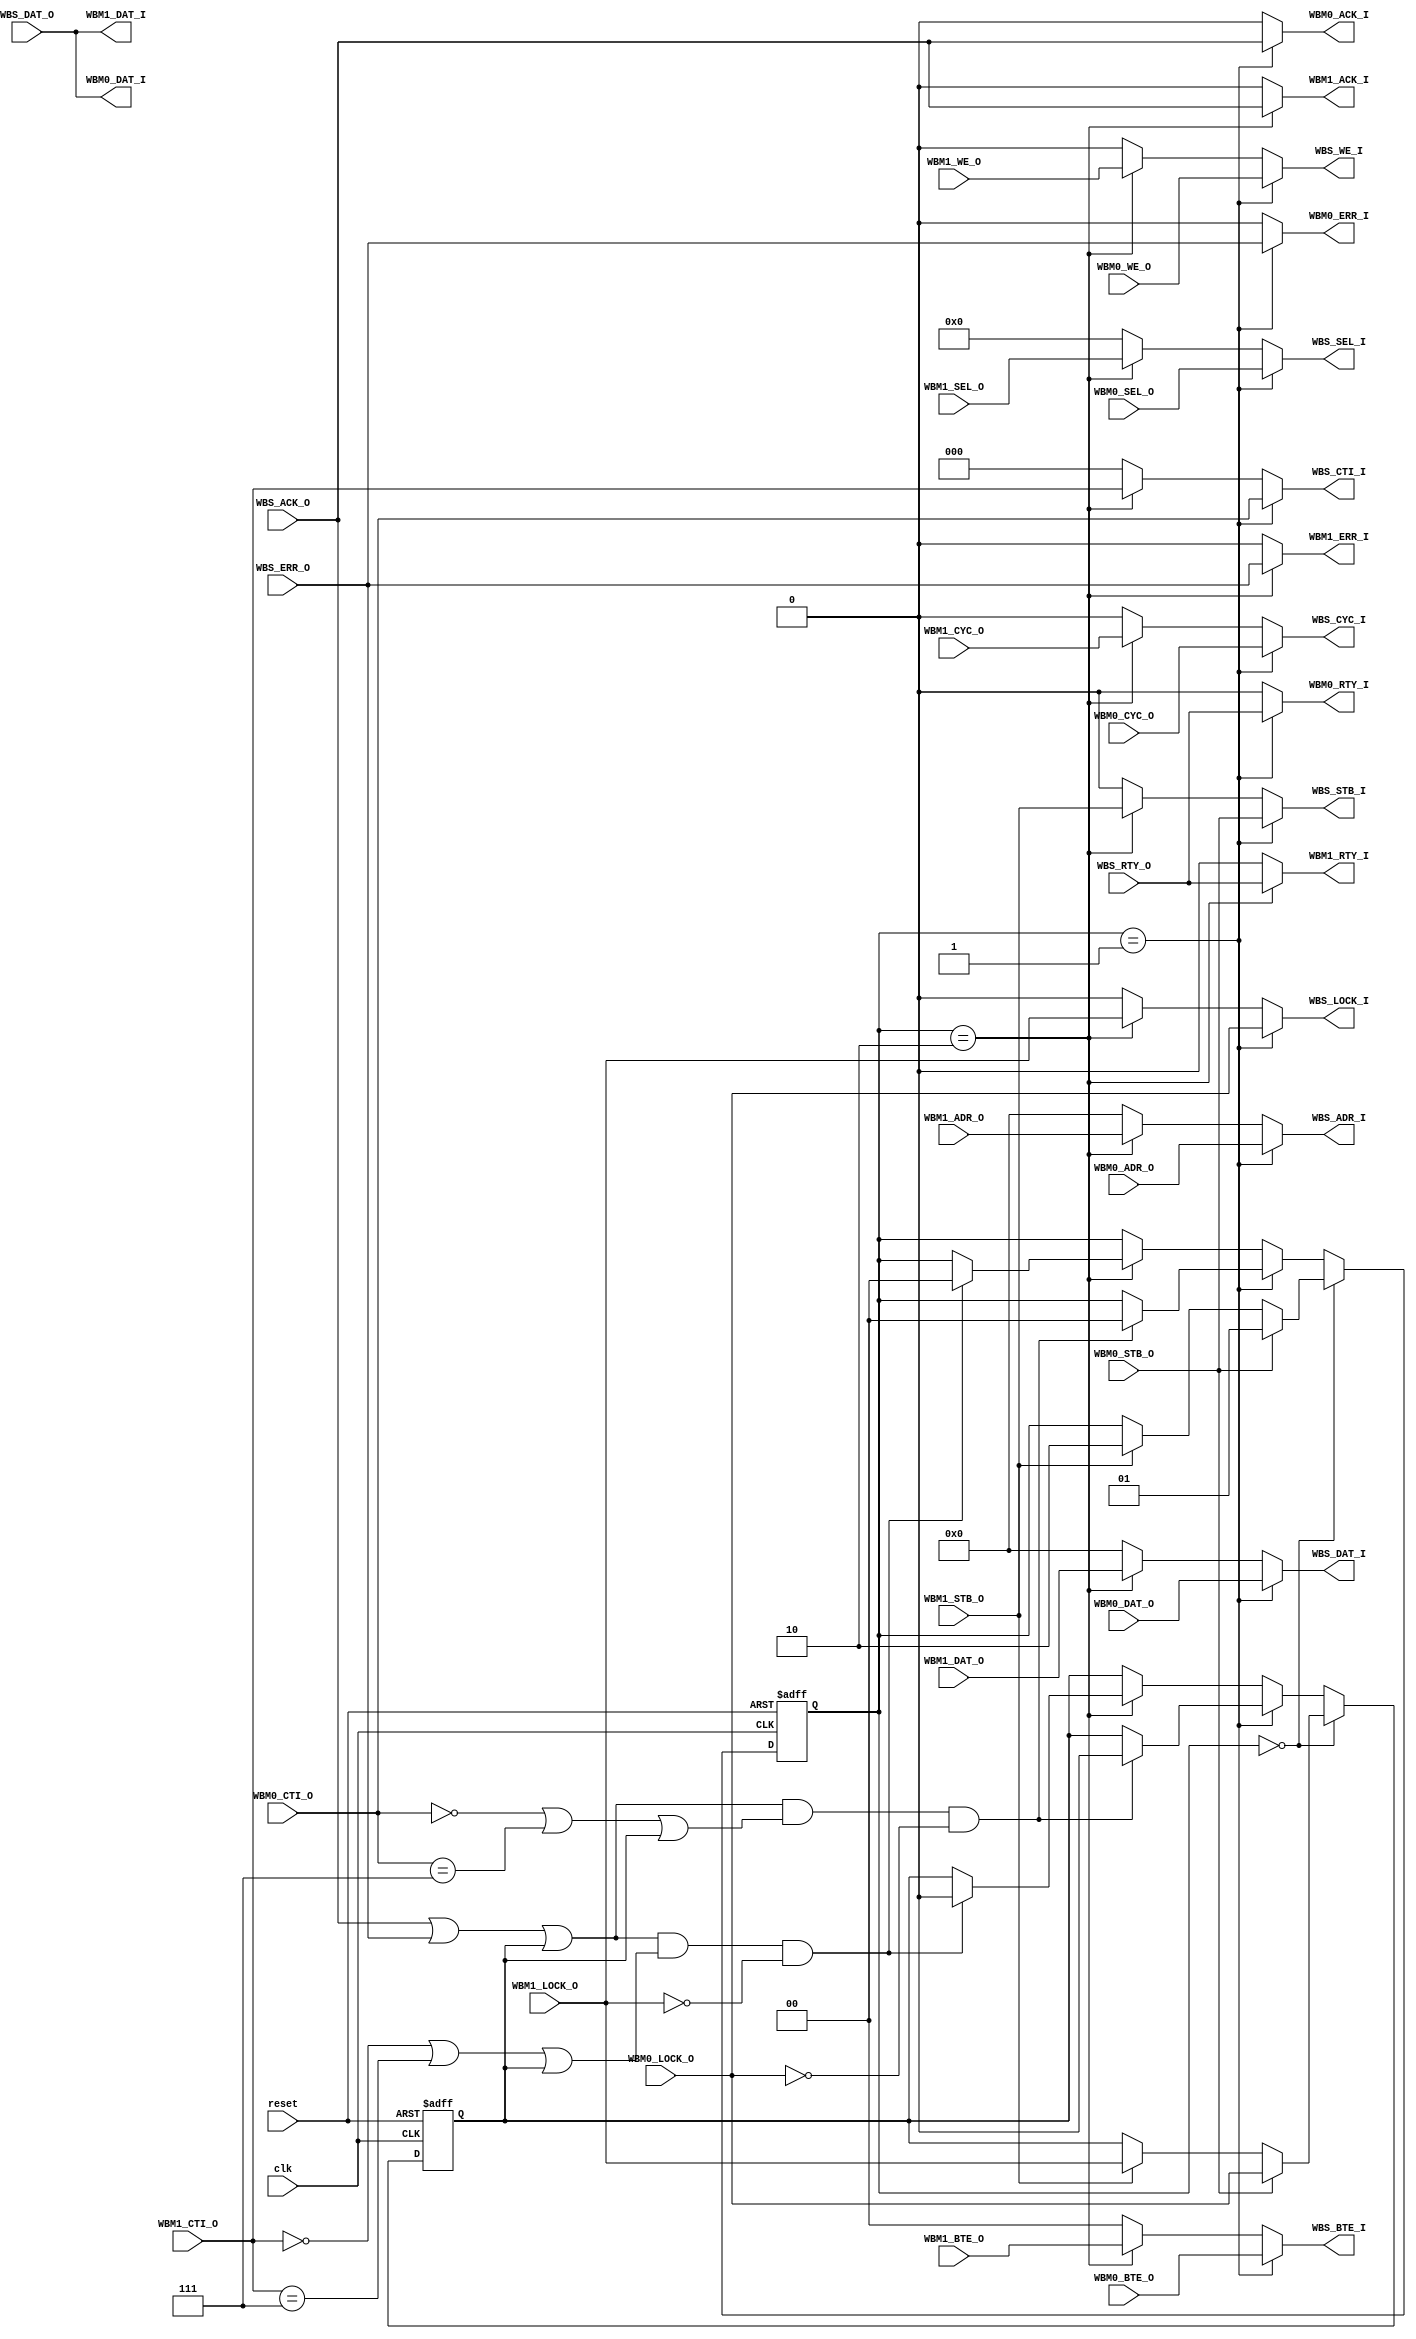
module arbiter2
#(
	parameter MAX_DAT_WIDTH = 32,
	parameter WBS_DAT_WIDTH = 32,
	parameter WBM0_DAT_WIDTH = 32,
	parameter WBM1_DAT_WIDTH = 32
)(
	// Multiple Master Port0
	WBM0_ADR_O,
	WBM0_DAT_O,
	WBM0_DAT_I,
	WBM0_SEL_O,
	WBM0_WE_O,
	WBM0_ACK_I,
	WBM0_ERR_I,
	WBM0_RTY_I,
	WBM0_CTI_O,
	WBM0_BTE_O,
	WBM0_LOCK_O,
	WBM0_CYC_O,
	WBM0_STB_O,
	// Multiple Master Port1
	WBM1_ADR_O,
	WBM1_DAT_O,
	WBM1_DAT_I,
	WBM1_SEL_O,
	WBM1_WE_O,
	WBM1_ACK_I,
	WBM1_ERR_I,
	WBM1_RTY_I,
	WBM1_CTI_O,
	WBM1_BTE_O,
	WBM1_LOCK_O,
	WBM1_CYC_O,
	WBM1_STB_O,
	// Single Slave Port
	WBS_ADR_I,
	WBS_DAT_I,
	WBS_DAT_O,
	WBS_SEL_I,
	WBS_WE_I,
	WBS_ACK_O,
	WBS_ERR_O,
	WBS_RTY_O,
	WBS_CTI_I,
	WBS_BTE_I,
	WBS_LOCK_I,
	WBS_CYC_I,
	WBS_STB_I,

	clk,
	reset
);

input clk, reset;
input [31:0]WBM0_ADR_O;
input [WBM0_DAT_WIDTH-1:0] WBM0_DAT_O;
output [WBM0_DAT_WIDTH-1:0] WBM0_DAT_I;
input [WBM0_DAT_WIDTH/8-1:0] WBM0_SEL_O;
input  WBM0_WE_O;
output  WBM0_ACK_I;
output  WBM0_ERR_I;
output  WBM0_RTY_I;
input [2:0]WBM0_CTI_O;
input [1:0]WBM0_BTE_O;
input  WBM0_LOCK_O;
input  WBM0_CYC_O;
input  WBM0_STB_O;
input [31:0]WBM1_ADR_O;
input [WBM1_DAT_WIDTH-1:0] WBM1_DAT_O;
output [WBM1_DAT_WIDTH-1:0] WBM1_DAT_I;
input [WBM1_DAT_WIDTH/8-1:0] WBM1_SEL_O;
input  WBM1_WE_O;
output  WBM1_ACK_I;
output  WBM1_ERR_I;
output  WBM1_RTY_I;
input [2:0]WBM1_CTI_O;
input [1:0]WBM1_BTE_O;
input  WBM1_LOCK_O;
input  WBM1_CYC_O;
input  WBM1_STB_O;
output [31:0]WBS_ADR_I;
output [WBS_DAT_WIDTH-1:0] WBS_DAT_I;
input [WBS_DAT_WIDTH-1:0] WBS_DAT_O;
output [WBS_DAT_WIDTH/8-1:0] WBS_SEL_I;
output  WBS_WE_I;
input  WBS_ACK_O;
input  WBS_ERR_O;
input  WBS_RTY_O;
output [2:0]WBS_CTI_I;
output [1:0]WBS_BTE_I;
output  WBS_LOCK_I;
output  WBS_CYC_I;
output  WBS_STB_I;

wire [MAX_DAT_WIDTH-1:0] WBM0_DAT_I_INT;
wire [MAX_DAT_WIDTH-1:0] WBM0_DAT_O_INT;
wire [MAX_DAT_WIDTH/8-1:0] WBM0_SEL_O_INT;
wire [MAX_DAT_WIDTH-1:0] WBM1_DAT_I_INT;
wire [MAX_DAT_WIDTH-1:0] WBM1_DAT_O_INT;
wire [MAX_DAT_WIDTH/8-1:0] WBM1_SEL_O_INT;
wire [MAX_DAT_WIDTH-1:0] WBS_DAT_O_INT;
wire [MAX_DAT_WIDTH-1:0] WBS_DAT_I_INT;
wire [MAX_DAT_WIDTH/8-1:0] WBS_SEL_I_INT;

generate
	if ((WBS_DAT_WIDTH == 8) && ((WBM0_DAT_WIDTH == 32) || (WBM1_DAT_WIDTH == 32))) begin
		assign WBS_DAT_I = ((WBS_ADR_I[1:0] == 2'b00)
			? WBS_DAT_I_INT[31:24]
			: ((WBS_ADR_I[1:0] == 2'b01)
			? WBS_DAT_I_INT[23:16]
			: ((WBS_ADR_I[1:0] == 2'b10)
			? WBS_DAT_I_INT[15:8]
			: WBS_DAT_I_INT[7:0]
			)));
		assign WBS_SEL_I = ((WBS_ADR_I[1:0] == 2'b00)
			? WBS_SEL_I_INT[3]
			: ((WBS_ADR_I[1:0] == 2'b01)
			? WBS_SEL_I_INT[2]
			: ((WBS_ADR_I[1:0] == 2'b10)
			? WBS_SEL_I_INT[1]
			: WBS_SEL_I_INT[0]
			)));
		assign WBS_DAT_O_INT = {4{WBS_DAT_O}};
	end
	else begin
		assign WBS_DAT_I = WBS_DAT_I_INT;
		assign WBS_SEL_I = WBS_SEL_I_INT;
		assign WBS_DAT_O_INT = WBS_DAT_O;
	end
endgenerate

generate
	if ((WBS_DAT_WIDTH == 32) && (WBM0_DAT_WIDTH == 8)) begin
		assign WBM0_DAT_I = ((WBM0_ADR_O[1:0] == 2'b00)
			? WBM0_DAT_I_INT[31:24]
			: ((WBM0_ADR_O[1:0] == 2'b01)
			? WBM0_DAT_I_INT[23:16]
			: ((WBM0_ADR_O[1:0] == 2'b10)
			? WBM0_DAT_I_INT[15:8]
			: WBM0_DAT_I_INT[7:0]
			)));
		assign WBM0_DAT_O_INT = {4{WBM0_DAT_O}};
		assign WBM0_SEL_O_INT = ((WBM0_ADR_O[1:0] == 2'b00)
			? {WBM0_SEL_O, 3'b000}
			: ((WBM0_ADR_O[1:0] == 2'b01)
			? {1'b0, WBM0_SEL_O, 2'b00}
			: ((WBM0_ADR_O[1:0] == 2'b10)
			? {2'b00, WBM0_SEL_O, 1'b0}
			: {3'b000, WBM0_SEL_O}
			)));
	end
	else if ((WBS_DAT_WIDTH == 8) && (MAX_DAT_WIDTH == 32)) begin
		assign WBM0_DAT_I = WBM0_DAT_I_INT;
		assign WBM0_SEL_O_INT = {4{WBM0_SEL_O}};
		assign WBM0_DAT_O_INT = {4{WBM0_DAT_O}};
	end
	else begin
		assign WBM0_DAT_I = WBM0_DAT_I_INT;
		assign WBM0_SEL_O_INT = WBM0_SEL_O;
		assign WBM0_DAT_O_INT = WBM0_DAT_O;
	end
endgenerate

generate
	if ((WBS_DAT_WIDTH == 32) && (WBM1_DAT_WIDTH == 8)) begin
		assign WBM1_DAT_I = ((WBM1_ADR_O[1:0] == 2'b00)
			? WBM1_DAT_I_INT[31:24]
			: ((WBM1_ADR_O[1:0] == 2'b01)
			? WBM1_DAT_I_INT[23:16]
			: ((WBM1_ADR_O[1:0] == 2'b10)
			? WBM1_DAT_I_INT[15:8]
			: WBM1_DAT_I_INT[7:0]
			)));
		assign WBM1_DAT_O_INT = {4{WBM1_DAT_O}};
		assign WBM1_SEL_O_INT = ((WBM1_ADR_O[1:0] == 2'b00)
			? {WBM1_SEL_O, 3'b000}
			: ((WBM1_ADR_O[1:0] == 2'b01)
			? {1'b0, WBM1_SEL_O, 2'b00}
			: ((WBM1_ADR_O[1:0] == 2'b10)
			? {2'b00, WBM1_SEL_O, 1'b0}
			: {3'b000, WBM1_SEL_O}
			)));
	end
	else if ((WBS_DAT_WIDTH == 8) && (MAX_DAT_WIDTH == 32)) begin
		assign WBM1_DAT_I = WBM1_DAT_I_INT;
		assign WBM1_SEL_O_INT = {4{WBM1_SEL_O}};
		assign WBM1_DAT_O_INT = {4{WBM1_DAT_O}};
	end
	else begin
		assign WBM1_DAT_I = WBM1_DAT_I_INT;
		assign WBM1_SEL_O_INT = WBM1_SEL_O;
		assign WBM1_DAT_O_INT = WBM1_DAT_O;
	end
endgenerate


reg [2-1:0] 		selected; // which master is selected.
reg locked;
always @(posedge clk or posedge reset)
begin
	if (reset) begin
		selected <= #1 0;
		locked   <= #1 0;
	end
	else begin
		if (selected == 0) begin
			if (WBM0_STB_O) begin
				selected <= #1 2'd1;
				locked   <= #1 WBM0_LOCK_O;
			end
			else if (WBM1_STB_O) begin
				selected <= #1 2'd2;
				locked   <= #1 WBM1_LOCK_O;
			end
		end
		else if (selected == 2'd1) begin
			if ((WBS_ACK_O || WBS_ERR_O || locked) && ((WBM0_CTI_O == 3'b000) || (WBM0_CTI_O == 3'b111) || locked) && !WBM0_LOCK_O) begin
				selected <= #1 0;
				locked <= #1 0;
			end
		end
		else if (selected == 2'd2) begin
			if ((WBS_ACK_O || WBS_ERR_O || locked) && ((WBM1_CTI_O == 3'b000) || (WBM1_CTI_O == 3'b111) || locked) && !WBM1_LOCK_O) begin
				selected <= #1 0;
				locked <= #1 0;
			end
		end
	end
end

assign WBS_ADR_I =
	(selected == 2'd1 ? WBM0_ADR_O :
	(selected == 2'd2 ? WBM1_ADR_O :
	0));
assign WBS_DAT_I_INT =
	(selected == 2'd1 ? WBM0_DAT_O_INT :
	(selected == 2'd2 ? WBM1_DAT_O_INT :
	0));
assign WBS_SEL_I_INT =
	(selected == 2'd1 ? WBM0_SEL_O_INT :
	(selected == 2'd2 ? WBM1_SEL_O_INT :
	0));
assign WBS_WE_I =
	(selected == 2'd1 ? WBM0_WE_O :
	(selected == 2'd2 ? WBM1_WE_O :
	0));
assign WBS_CTI_I =
	(selected == 2'd1 ? WBM0_CTI_O :
	(selected == 2'd2 ? WBM1_CTI_O :
	0));
assign WBS_BTE_I =
	(selected == 2'd1 ? WBM0_BTE_O :
	(selected == 2'd2 ? WBM1_BTE_O :
	0));
assign WBS_LOCK_I =
	(selected == 2'd1 ? WBM0_LOCK_O :
	(selected == 2'd2 ? WBM1_LOCK_O :
	0));
assign WBS_CYC_I =
	(selected == 2'd1 ? WBM0_CYC_O :
	(selected == 2'd2 ? WBM1_CYC_O :
	0));
assign WBS_STB_I =
	(selected == 2'd1 ? WBM0_STB_O :
	(selected == 2'd2 ? WBM1_STB_O :
	0));

assign WBM0_DAT_I_INT = WBS_DAT_O_INT;
assign WBM0_ACK_I = (selected == 2'd1 ? WBS_ACK_O : 0);
assign WBM0_ERR_I = (selected == 2'd1 ? WBS_ERR_O : 0);
assign WBM0_RTY_I = (selected == 2'd1 ? WBS_RTY_O : 0);

assign WBM1_DAT_I_INT = WBS_DAT_O_INT;
assign WBM1_ACK_I = (selected == 2'd2 ? WBS_ACK_O : 0);
assign WBM1_ERR_I = (selected == 2'd2 ? WBS_ERR_O : 0);
assign WBM1_RTY_I = (selected == 2'd2 ? WBS_RTY_O : 0);

endmodule